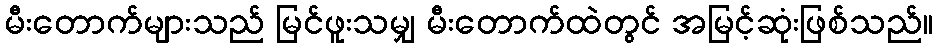
မီးတောက်များသည် မြင်ဖူးသမျှ မီးတောက်ထဲတွင် အမြင့်ဆုံးဖြစ်သည်။